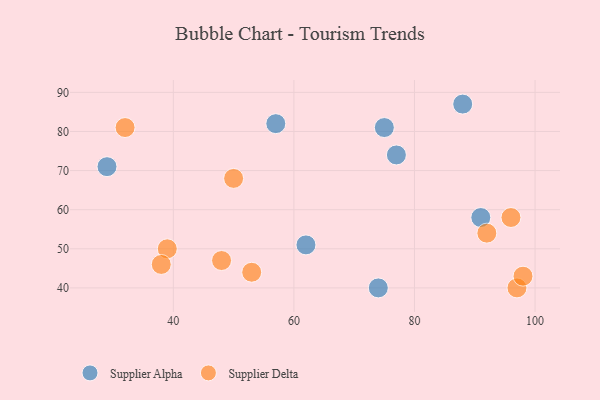
{"axis": {"x": "GDP", "y": "Life Expectancy"}, "legend": ["Supplier Alpha", "Supplier Delta"], "data": [{"x": "88", "y": 87, "type": "Supplier Alpha"}, {"x": "77", "y": 74, "type": "Supplier Alpha"}, {"x": "57", "y": 82, "type": "Supplier Alpha"}, {"x": "91", "y": 58, "type": "Supplier Alpha"}, {"x": "75", "y": 81, "type": "Supplier Alpha"}, {"x": "74", "y": 40, "type": "Supplier Alpha"}, {"x": "29", "y": 71, "type": "Supplier Alpha"}, {"x": "62", "y": 51, "type": "Supplier Alpha"}, {"x": "50", "y": 68, "type": "Supplier Delta"}, {"x": "97", "y": 40, "type": "Supplier Delta"}, {"x": "32", "y": 81, "type": "Supplier Delta"}, {"x": "39", "y": 50, "type": "Supplier Delta"}, {"x": "98", "y": 43, "type": "Supplier Delta"}, {"x": "96", "y": 58, "type": "Supplier Delta"}, {"x": "48", "y": 47, "type": "Supplier Delta"}, {"x": "38", "y": 46, "type": "Supplier Delta"}, {"x": "92", "y": 54, "type": "Supplier Delta"}, {"x": "53", "y": 44, "type": "Supplier Delta"}]}